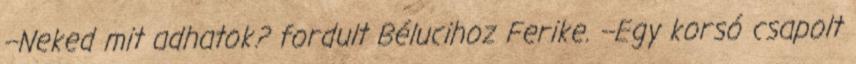
--Neked mit adhatok? fordult Bélucihoz Ferike. --Egy korsó csapolt